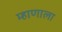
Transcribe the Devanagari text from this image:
म्हाणाला